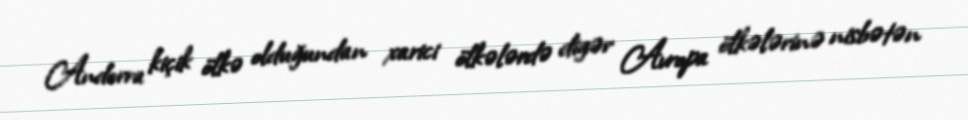
Andorra kiçik ölkə olduğundan xarici ölkələrdə digər Avropa ölkələrinə nisbətən